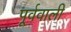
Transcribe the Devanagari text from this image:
पूर्ववाली